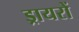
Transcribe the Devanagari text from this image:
ड्रायरों